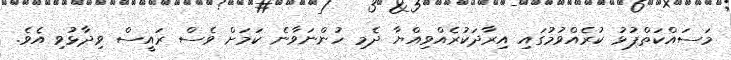
މަސައްކަތްޕުޅު ކުރެއްވުމުގައި އިރާދަކުރެއްވިއްޔާ ދެމި ހުންނަވާނެ ކަމަށް ވެސް ރައީސް ވިދާޅުވި އެވެ.